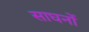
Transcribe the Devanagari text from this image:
साघनों